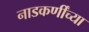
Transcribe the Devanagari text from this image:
नाडकर्णींच्या